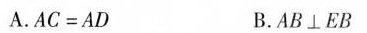
A. AC = AD B.AB\perp EB